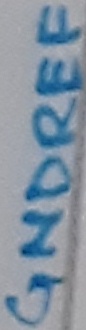
Text: GNDREF